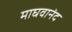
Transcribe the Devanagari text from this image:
माघवानंद